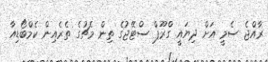
ރާއްޖެ ސެމީ އަށް ދިޔައީ ގްރޫޕް ސްޓޭޖުގެ ތިން މެޗުގެ ތެރެއިން ކެމްބޯޑިއާ